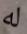
له